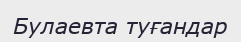
Булаевта туғандар